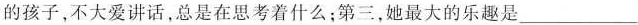
的孩子，不大爱讲话，总是在思考着什么；第三，她最大的乐趣是___